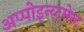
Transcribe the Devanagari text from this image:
अप्पोइन्य्ट्मेन्ट